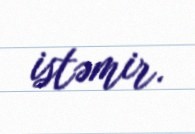
istəmir.